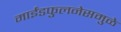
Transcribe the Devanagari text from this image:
माईंडफुलनेसमुळे